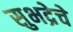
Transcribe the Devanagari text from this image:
सुभद्रेचे